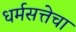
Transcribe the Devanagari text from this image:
धर्मसत्तेचा